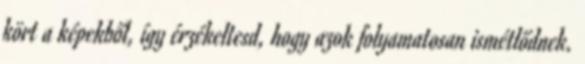
kört a képekből, így érzékeltesd, hogy azok folyamatosan ismétlődnek.